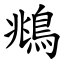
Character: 鴵